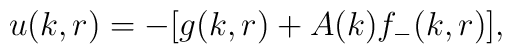
u(k,r)=-[g(k,r) +A(k)f_{-}(k,r)],